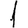
Digit: 1